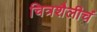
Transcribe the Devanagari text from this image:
चित्रशैलीचं